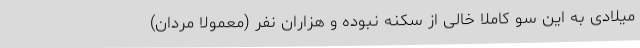
میلادی به این سو کاملا خالی از سکنه نبوده و هزاران نفر (معمولا مردان)